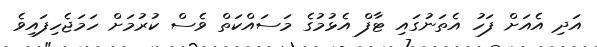
އަދި އެއަށް ފަހު އެތަނުގައި ޓާފް އެޅުމުގެ މަސައްކަތް ވެސް ކުރުމަށް ހަމަޖެހިފައިވެ